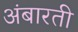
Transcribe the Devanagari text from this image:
अंबारती